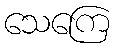
သေကြေ